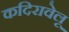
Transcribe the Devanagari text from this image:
कदिरावेलू